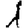
Digit: 1